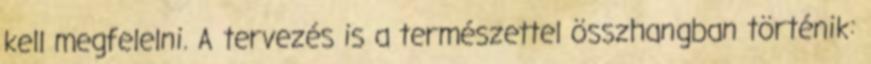
kell megfelelni. A tervezés is a természettel összhangban történik: